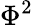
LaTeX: \Phi^{2}